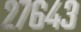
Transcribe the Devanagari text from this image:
२७६४३